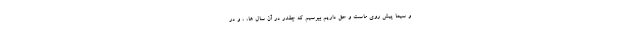
و سیما پیش روی ماست و حق داریم بپرسیم که چقدر در آن سال ها، ، و در